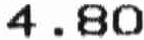
4.80